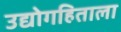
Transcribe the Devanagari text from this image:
उद्योगहिताला